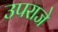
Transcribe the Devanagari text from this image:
उपराजे